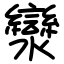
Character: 灓